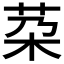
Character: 䒳